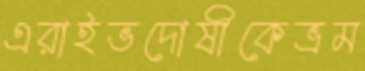
এরাইভদোষীকেভ্রম